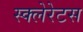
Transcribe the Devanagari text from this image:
स्क्लेरेटस